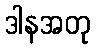
ဒါနအတု